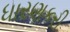
ધારણકરી